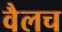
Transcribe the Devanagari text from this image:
वैलच